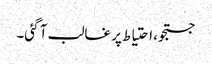
جستجو، احتیاط پر غالب آ گئی۔